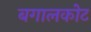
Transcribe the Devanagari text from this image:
बगालकोट